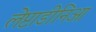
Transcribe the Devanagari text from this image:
लेप्टाडीनिआ